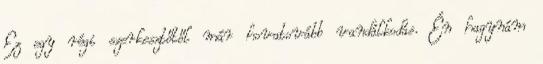
Ez egy régi szerkesztőtől már hovatovább vandálkodás. Én hagynám